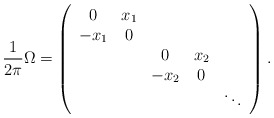
\begin{align*}\frac{1}{2\pi}\Omega=\left(\begin{array}{ccccc}0 & x_{1} & & & \\-x_{1} & 0 & & &\\ & & 0 & x_{2} & \\ & & -x_{2} & 0 & \\ & & & & \ddots\end{array}\right).\end{align*}